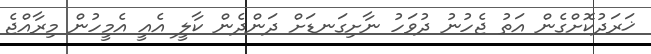
ޚަރަދުކޮށްގެން އަތު ޖެހުނު ދުވަހު ނާށިގަނޑަށް ދަންދެން ކާލީ އެއީ އެމީހުން މިރާއްޖެ